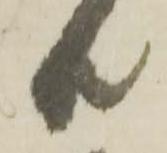
共